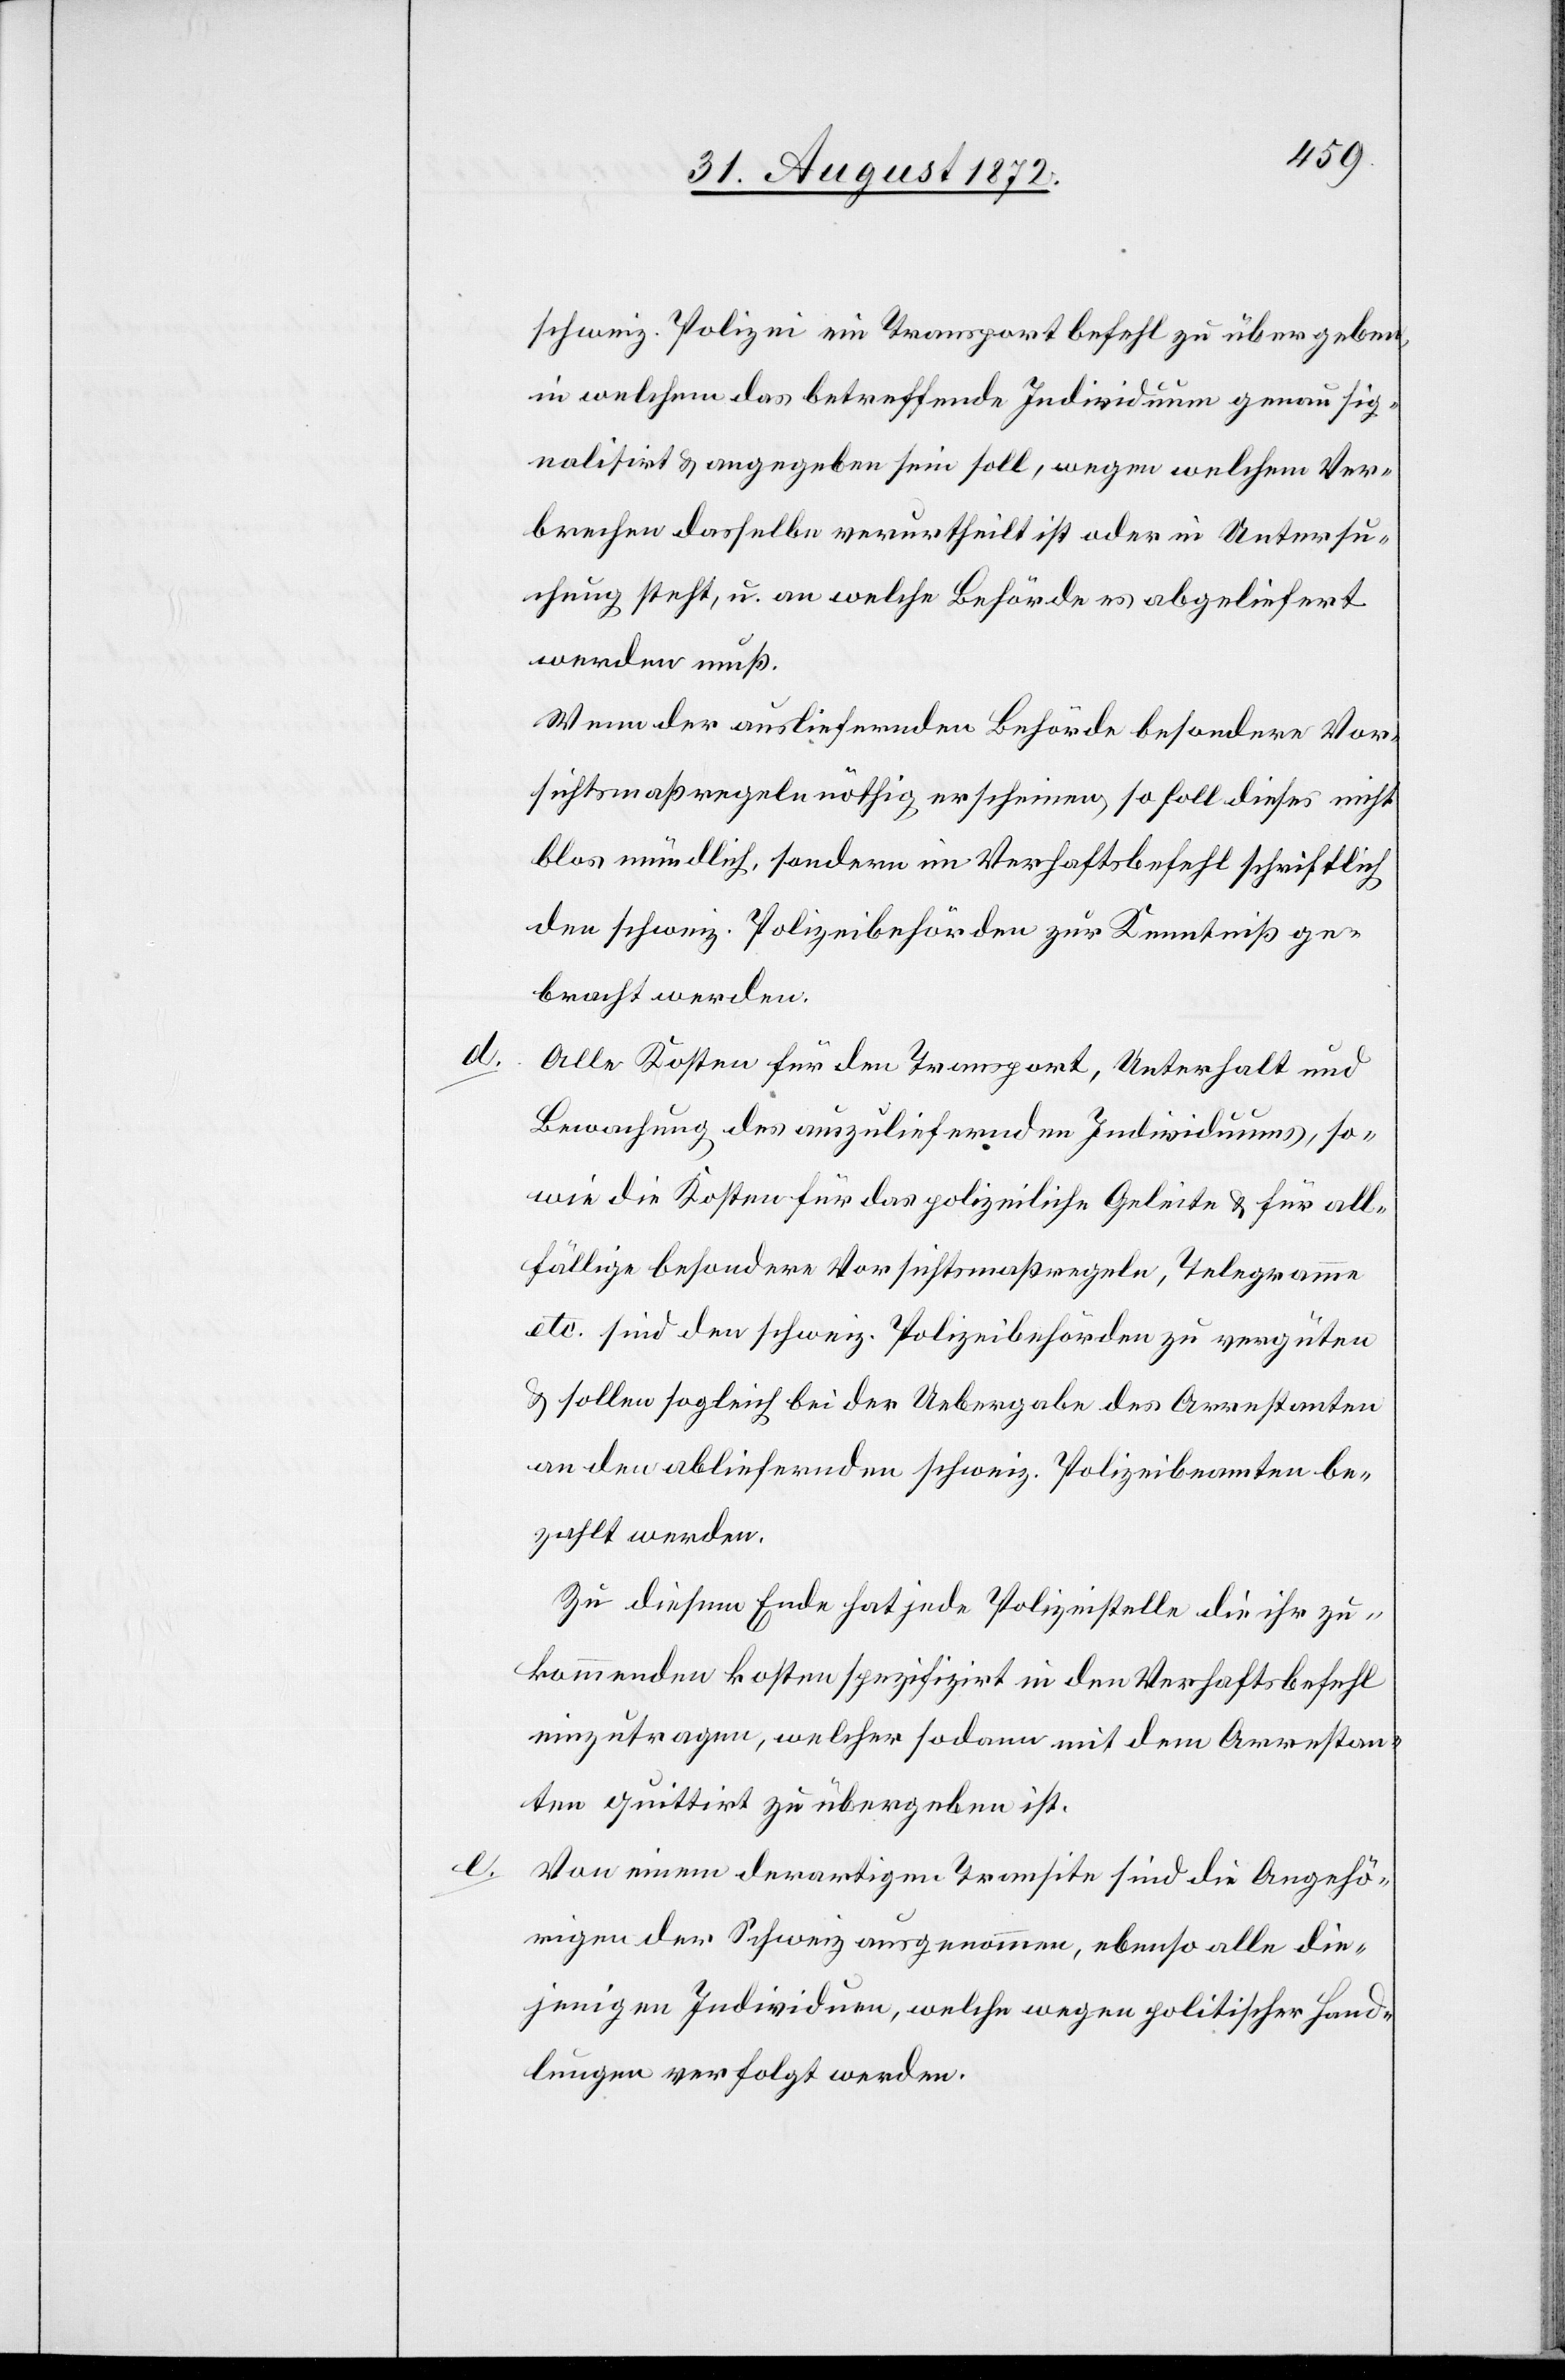
d.

schweiz. Polizei ein Transportbefehl zu übergeben,
in welchem das betreffende Individuum genau sig¬
nalisirt u. angegeben sein soll, wegen welchem Ver¬
brechen dasselbe verurtheilt ist oder in Untersu¬
chung steht, u. an welche Behörde es abgeliefert
werden muß.
Wenn der ausliefernden Behörde besondere Vor¬
sichtsmaßregeln nöthig erscheinen, so soll dieses nicht
blos mündlich, sondern im Verhaftsbefehl schriftlich
den schweiz. Polizeibehörden zur Kenntniß ge¬
bracht werden.
Alle Kosten für den Transport, Unterhalt und
Bewachung des auszuliefernden Individuums, so¬
wie die Kosten für das polizeiliche Geleite u. für all¬
fällige besondere Vorsichtsmaßregeln, Telegramme
etc. sind den schweiz. Polizeibehörden zu vergüten
u. sollen sogleich bei der Uebergabe des Arrestanten
an den abliefernden schweiz. Polizeibeamten be¬
zahlt werden.
Zu diesem Ende hat jede Polizeistelle die ihr zu¬
kommenden Kosten spezifizirt in den Verhaftsbefehl
einzutragen, welcher sodann mit dem Arrestan¬
ten quittirt zu übergeben ist.
Von einem derartigen Transite sind die Angehö¬
rigen der Schweiz ausgenommen, ebenso alle die¬
jenigen Individuen, welche wegen politischer Hand¬
lungen verfolgt werden.